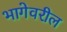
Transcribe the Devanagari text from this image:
भागेवरील